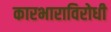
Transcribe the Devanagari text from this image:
कारभाराविरोधी